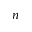
n